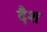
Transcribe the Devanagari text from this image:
दैश